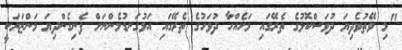
"މި ވޭތުވެދިޔަ ދުވަސްކޮޅުގެ ތެރޭގައި މަހެއްހާ ދުވަހުގެ ތެރޭގައި އަޅުގަނޑުމެންނަށް ފެނިގެންދިޔަ މަންޒަރަކީ